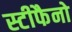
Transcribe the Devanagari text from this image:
स्टीफैनो